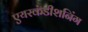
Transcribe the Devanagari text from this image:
एयरकंडीशनिंग